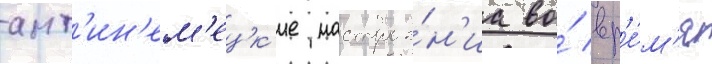
ант'ин'ем'ецк'ие настрое́н'иа во́ вр'е́м'я